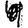
Digit: 4